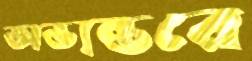
অভ্যন্তরে